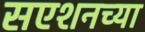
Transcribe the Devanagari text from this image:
सएशनच्या